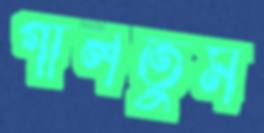
গালতুম